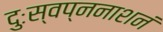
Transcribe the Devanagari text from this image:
दुःस्वप्ननाशनं